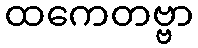
ထကေတဗ္ဗာ